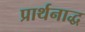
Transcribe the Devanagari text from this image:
प्रार्थनाद्ध